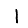
Digit: 1